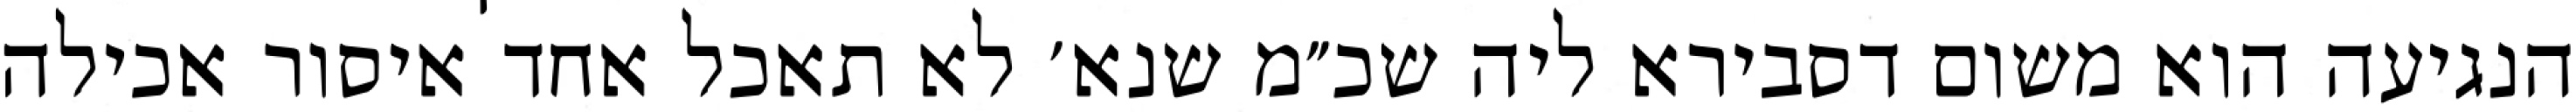
הנגיעה הוא משום דסבירא ליה שכ״מ שנא׳ לא תאכל אחד איסור אכילה